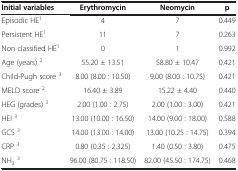
<table><thead><tr><td><b>Initial variables</b></td><td><b>Erythromycin</b></td><td><b>Neomycin</b></td><td><b>p</b></td></tr></thead><tbody><tr><td>Episodic HE<sup>1</sup></td><td>4</td><td>7</td><td>0.449</td></tr><tr><td>Persistent HE<sup>1</sup></td><td>11</td><td>7</td><td>0.263</td></tr><tr><td>Non classified HE<sup>1</sup></td><td>0</td><td>1</td><td>0.992</td></tr><tr><td>Age (years) <sup>2</sup></td><td>55.20 ± 13.51</td><td>58.80 ± 10.47</td><td>0.421</td></tr><tr><td>Child-Pugh score <sup>3</sup></td><td>8.00 (8.00 : 10.50)</td><td>9.00 (8.00 : 10.75)</td><td>0.421</td></tr><tr><td>MELD score <sup>2</sup></td><td>16.40 ± 3.89</td><td>15.22 ± 4.40</td><td>0.440</td></tr><tr><td>HEG (grades) <sup>3</sup></td><td>2.00 (1.00 : 2.75)</td><td>2.00 (1.00 : 3.00)</td><td>0.421</td></tr><tr><td>HEI <sup>3</sup></td><td>13.00 (10.00 : 16.50)</td><td>14.00 (9.00 : 18.00)</td><td>0.588</td></tr><tr><td>GCS <sup>3</sup></td><td>14.00 (13.00 : 14.00)</td><td>13.00 (10.25 : 14.75)</td><td>0.394</td></tr><tr><td>CRP <sup>3</sup></td><td>0.80 (0.35 : 2.325)</td><td>1.40 (0.50 : 3.80)</td><td>0.475</td></tr><tr><td>NH<sub>3</sub><sup>3</sup></td><td>96.00 (80.75 : 118.50)</td><td>82.00 (45.50 : 174.75)</td><td>0.468</td></tr></tbody></table>